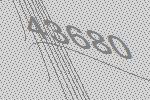
43680